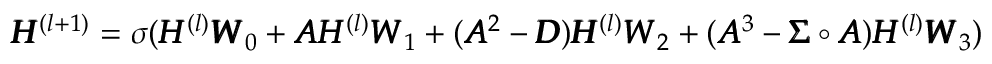
\begin{array} { r } { \pmb { H } ^ { ( l + 1 ) } = \sigma ( \pmb { H } ^ { ( l ) } \pmb { W } _ { 0 } + \pmb { A } \pmb { H } ^ { ( l ) } \pmb { W } _ { 1 } + ( \pmb { A } ^ { 2 } - \pmb { D } ) \pmb { H } ^ { ( l ) } \pmb { W } _ { 2 } + ( \pmb { A } ^ { 3 } - \pmb { \Sigma } \circ \pmb { A } ) \pmb { H } ^ { ( l ) } \pmb { W } _ { 3 } ) } \end{array}